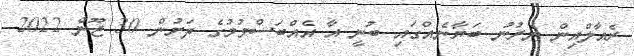
ރެއާލްއިން ނެރުނު ބަޔާނެއްގައި ބުނީ އާ އެއްބަސްވުމުގެ ދަށުން 30 ޖޫން 2022